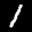
Label: 1